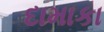
દામાકા